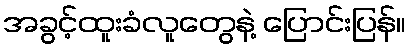
အခွင့်ထူးခံလူတွေနဲ့ ပြောင်းပြန်။